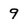
Character: 9